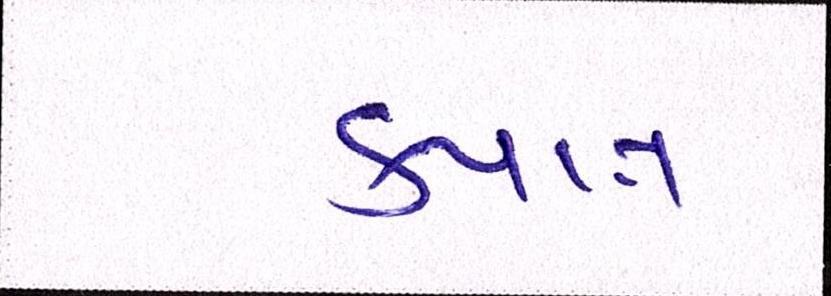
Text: કપાત